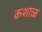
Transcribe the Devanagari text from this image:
कशाळ